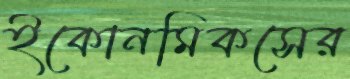
ইকোনমিকসের